Report of the Indian Hemp Drugs Commission, 1894-1895 - Volume I
Year: 1894
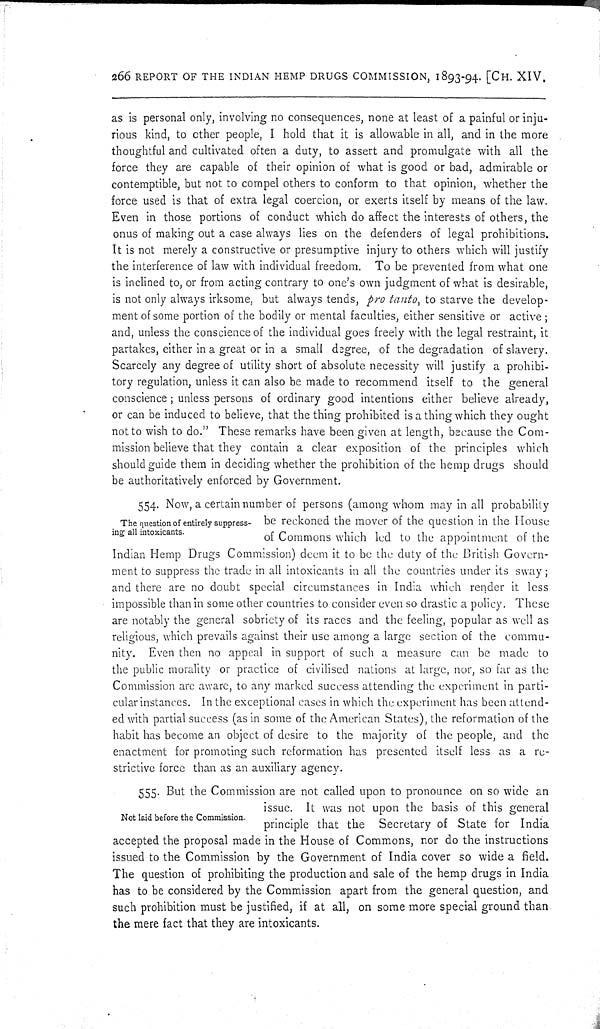
266 REPORT OF THE INDIAN HEMP DRUGS COMMISSION, 1893-94. [CH. XIV.
as is personal only, involving no consequences, none at least of a painful or inju-
rious kind, to other people, I hold that it is allowable in all, and in the more
thoughtful and cultivated often a duty, to assert and promulgate with all the
force they are capable of their opinion of what is good or bad, admirable or
contemptible, but not to compel others to conform to that opinion, whether the
force used is that of extra legal coercion, or exerts itself by means of the law.
Even in those portions of conduct which do affect the interests of others, the
onus of making out a case always lies on the defenders of legal prohibitions.
It is not merely a constructive or presumptive injury to others which will justify
the interference of law with individual freedom. To be prevented from what one
is inclined to, or from acting contrary to one's own judgment of what is desirable,
is not only always irksome, but always tends, pro tanto, to starve the develop-
ment of some portion of the bodily or mental faculties, either sensitive or active;
and, unless the conscience of the individual goes freely with the legal restraint, it
partakes, either in a great or in a small degree, of the degradation of slavery.
Scarcely any degree of utility short of absolute necessity will justify a prohibi-
tory regulation, unless it can also be made to recommend itself to the general
conscience; unless persons of ordinary good intentions either believe already,
or can be induced to believe, that the thing prohibited is a thing which they ought
not to wish to do." These remarks have been given at length, because the Com-
mission believe that they contain a clear exposition of the principles which
should guide them in deciding whether the prohibition of the hemp drugs should
be authoritatively enforced by Government.
The question of entirely suppress-
ing all intoxicants.
554. Now, a certain number of persons (among whom may in all probability
be reckoned the mover of the question in the House
of Commons which led to the appointment of the
Indian Hemp Drugs Commission) deem it to be the duty of the British Govern-
ment to suppress the trade in all intoxicants in all the countries under its sway;
and there are no doubt special circumstances in India which render it less
impossible than in some other countries to consider even so drastic a policy. These
are notably the general sobriety of its races and the feeling, popular as well as
religious, which prevails against their use among a large section of the commu-
nity. Even then no appeal in support of such a measure can be made to
the public morality or practice of civilised nations at large, nor, so far as the
Commission are aware, to any marked success attending the experiment in parti-
cular instances. In the exceptional cases in which the experiment has been attend-
ed with partial success (as in some of the American States), the reformation of the
habit has become an object of desire to the majority of the people, and the
enactment for promoting such reformation has presented itself less as a re-
strictive force than as an auxiliary agency.
Not laid before the Commission.
555. But the Commission are not called upon to pronounce on so wide an
issue. It was not upon the basis of this general
principle that the Secretary of State for India
accepted the proposal made in the House of Commons, nor do the instructions
issued to the Commission by the Government of India cover so wide a field.
The question of prohibiting the production and sale of the hemp drugs in India
has to be considered by the Commission apart from the general question, and
such prohibition must be justified, if at all, on some more special ground than
the mere fact that they are intoxicants.